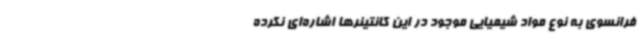
فرانسوی به نوع مواد شیمیایی موجود در این کانتینرها اشاره‌ای نکرده